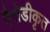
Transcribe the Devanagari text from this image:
पैरोडीकृत